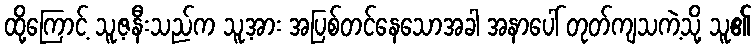
ထို့ကြောင့် သူ့ဇနီးသည်က သူ့အား အပြစ်တင်နေသောအခါ အနာပေါ် တုတ်ကျသကဲ့သို့ သူ၏